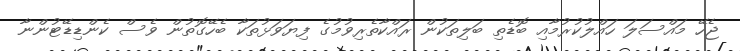
ޖެހޭ މައްސަލަ ހައްލުކުރުމާއި ބޮޑެތި ބަލިތަކުން ރައްކާތެރިވުމުގެ ފިޔަވަޅުތަކާ ބެހޭގޮތުން ވެސް ކެންޑިޑޭޓުންނާ